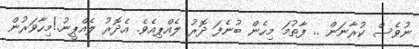
ނުވެސް ކުރާނަން .. ފާތުމަ މިހެން ބުނެފަ ދޮރު ލެއްޕިއެވެ. އެދޮރު ލެއްޕީނު.!މިހާވަރުން